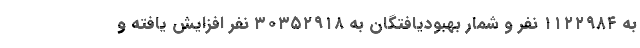
به ۱۱۲۲۹۸۴ نفر و شمار بهبودیافتگان به ۳۰۳۵۲۹۱۸ نفر افزایش یافته و